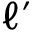
\ell ^ { \prime }